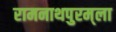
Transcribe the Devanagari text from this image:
रामनाथपुरम्‌ला